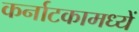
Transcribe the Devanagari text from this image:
कर्नाटकामध्यें